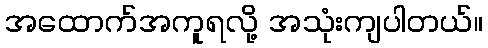
အထောက်အကူရလို့ အသုံးကျပါတယ်။